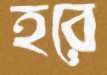
হরে